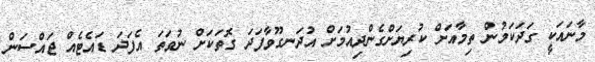
މާނައަކީ ގަދަކަމުން ތިމާއަށް ކުރިޔަށްގެންދިއުމަށް އުދަނގޫވާފަދަ ގޮތަކަށް ނުވަތަ އެފަދަ ޑައެޓެއް ޖައްސަން